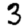
Digit: 3